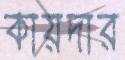
কায়দার